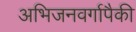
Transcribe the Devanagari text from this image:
अभिजनवर्गापैकी